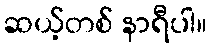
ဆယ့်တစ် နာရီပါ။